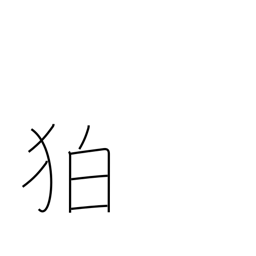
Meaning: archaic part of Korea